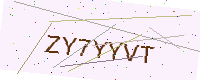
Text: ZY7YYVT